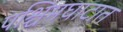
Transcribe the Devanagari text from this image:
पश्चिमघाटात